Cholera in southern India
Disease focus: Cholera
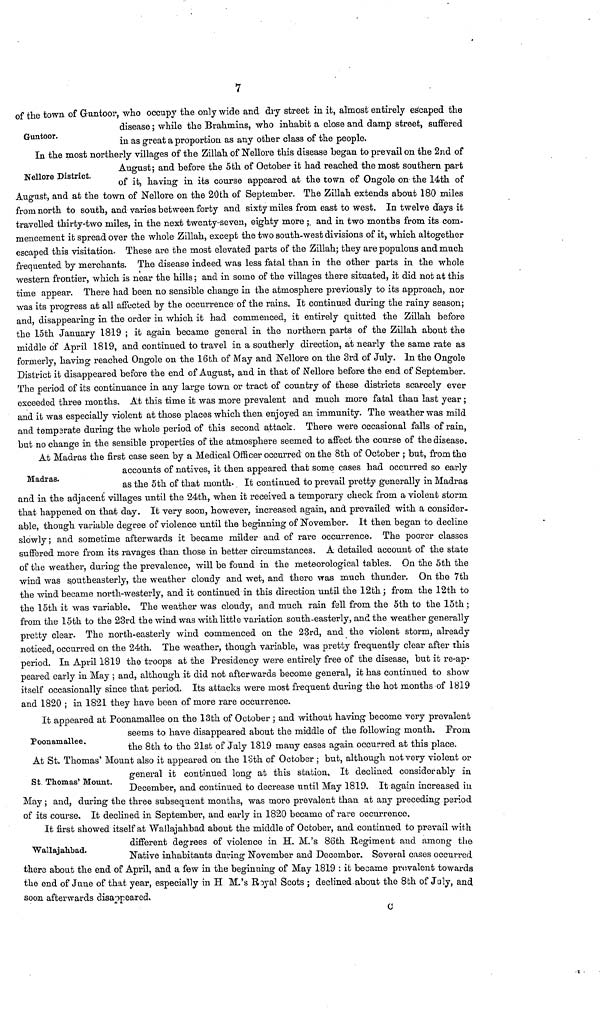
7
Guntoor.
of the town of Guntoor, who occupy the only wide and dry street in it, almost entirely escaped the
disease ; while the Brahmins, who inhabit a close and damp street, suffered
in as great a proportion as any other class of the people.
Nellore District.
In the most northerly villages of the Zillah of Nellore this disease began to prevail on the 2nd of
August; and before the 5th of October it had reached the most southern part
of it, having in its course appeared at the town of Ongole on the 14th of
August, and at the town of Nellore on the 20th of September. The Zillah extends about 180 miles
from north to south, and varies between forty and sixty miles from east to west. In twelve days it
travelled thirty-two miles, in the next twenty-seven, eighty more ; and in two months from its com-
mencement it spread over the whole Zillah, except the two south-west divisions of it, which altogether
escaped this visitation. These are the most elevated parts of the Zillah; they are populous and much
frequented by merchants. The disease indeed was less fatal than in the other parts in the whole
western frontier, which is near the hills ; and in some of the villages there situated, it did not at this
time appear. There had been no sensible change in the atmosphere previously to its approach, nor
was its progress at all affected by the occurrence of the rains. It continued during the rainy season;
and, disappearing in the order in which it had commenced, it entirely quitted the Zillah before
the 15th January 1819 ; it again became general in the northern parts of the Zillah about the
middle of April 1819, and continued to travel in a southerly direction, at nearly the same rate as
formerly, having reached Ongole on the 16th of May and Nellore on the 3rd of July. In the Ongole
District it disappeared before the end of August, and in that of Nellore before the end of September.
The period of its continuance in any large town or tract of country of these districts scarcely ever
exceeded three months. At this time it was more prevalent and much more fatal than last year ;
and it was especially violent at those places which then enjoyed an immunity. The weather was mild
and tempsrate during the whole period of this second attack. There were occasional falls of rain,
but no change in the sensible properties of the atmosphere seemed to affect the course of the disease.
Madras.
At Madras the first case seen by a Medical Officer occurred on the 8th of October ; but, from the
accounts of natives, it then appeared that some cases had occurred so early
as the 5th of that month- It continued to prevail pretty generally in Madras
and in the adjacent villages until the 24th, when it received a temporary check from a violent storm
that happened on that day. It very soon, however, increased again, and prevailed with a consider,
able, though variable degree of violence until the beginning of November. It then began to decline
slowly ; and sometime afterwards it became milder and of rare occurrence. The poorer classes
suffered more from its ravages than those in better circumstances. A detailed account of the state
of the weather, during the prevalence, will be found in the meteorological tables. On the 5th the
wind was southeasterly, the weather cloudy and wet, and there was much thunder. On the 7th
the wind became north-westerly, and it continued in this direction until the 12th; from the 12th to
the 15th it was variable. The weather was cloudy, and much rain fell from the 5th to the 15th ;
from the 15th to the 23rd the wind was with little variation south-easterly, and the weather generally
pretty clear. The north-easterly wind commenced on the 23rd, and the violent storm, already
noticed, occurred on the 24th. The weather, though variable, was pretty frequently clear after this
period. In April 1819 the troops at the Presidency were entirely free of the disease, but it re-ap-
peared early in May ; and, although it did not afterwards become general, it has continued to show
itself occasionally since that period. Its attacks were most frequent during the hot months of 1819
and 1820 ; in 1821 they have been of more rare occurrence.
Poonamallee.
It appeared at Poonamallee on the 13th of October ; and without having become very prevalent
seems to have disappeared about the middle of the following month. From
the 8th to the 21st of July 1819 many cases again occurred at this place.
St Thomas' Mount.
At St. Thomas' Mount also it appeared on the loth of October ; but, although not very violent or
general it continued long at this station. It declined considerably in
December, and continued to decrease until May 1819. It again increased in
May ; and, during the three subsequent months, was more prevalent than at any preceding period
of its course. It declined in September, and early in 1820 became of rare occurrence.
Wallajahbad.
It first showed itself at Wallajahbad about the middle of October, and continued to prevail with
different degrees of violence in H. M.'s 86th Regiment and among the
Native inhabitants during November and December. Several cases occurred
there about the end of April, and a few in the beginning of May 1819 : it became provalent towards
the end of June of that year, especially in H. M.'s Royal Scots ; declined. about the 8th of July, and
soon afterwards disappeared.